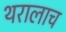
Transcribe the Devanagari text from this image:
थरालाच